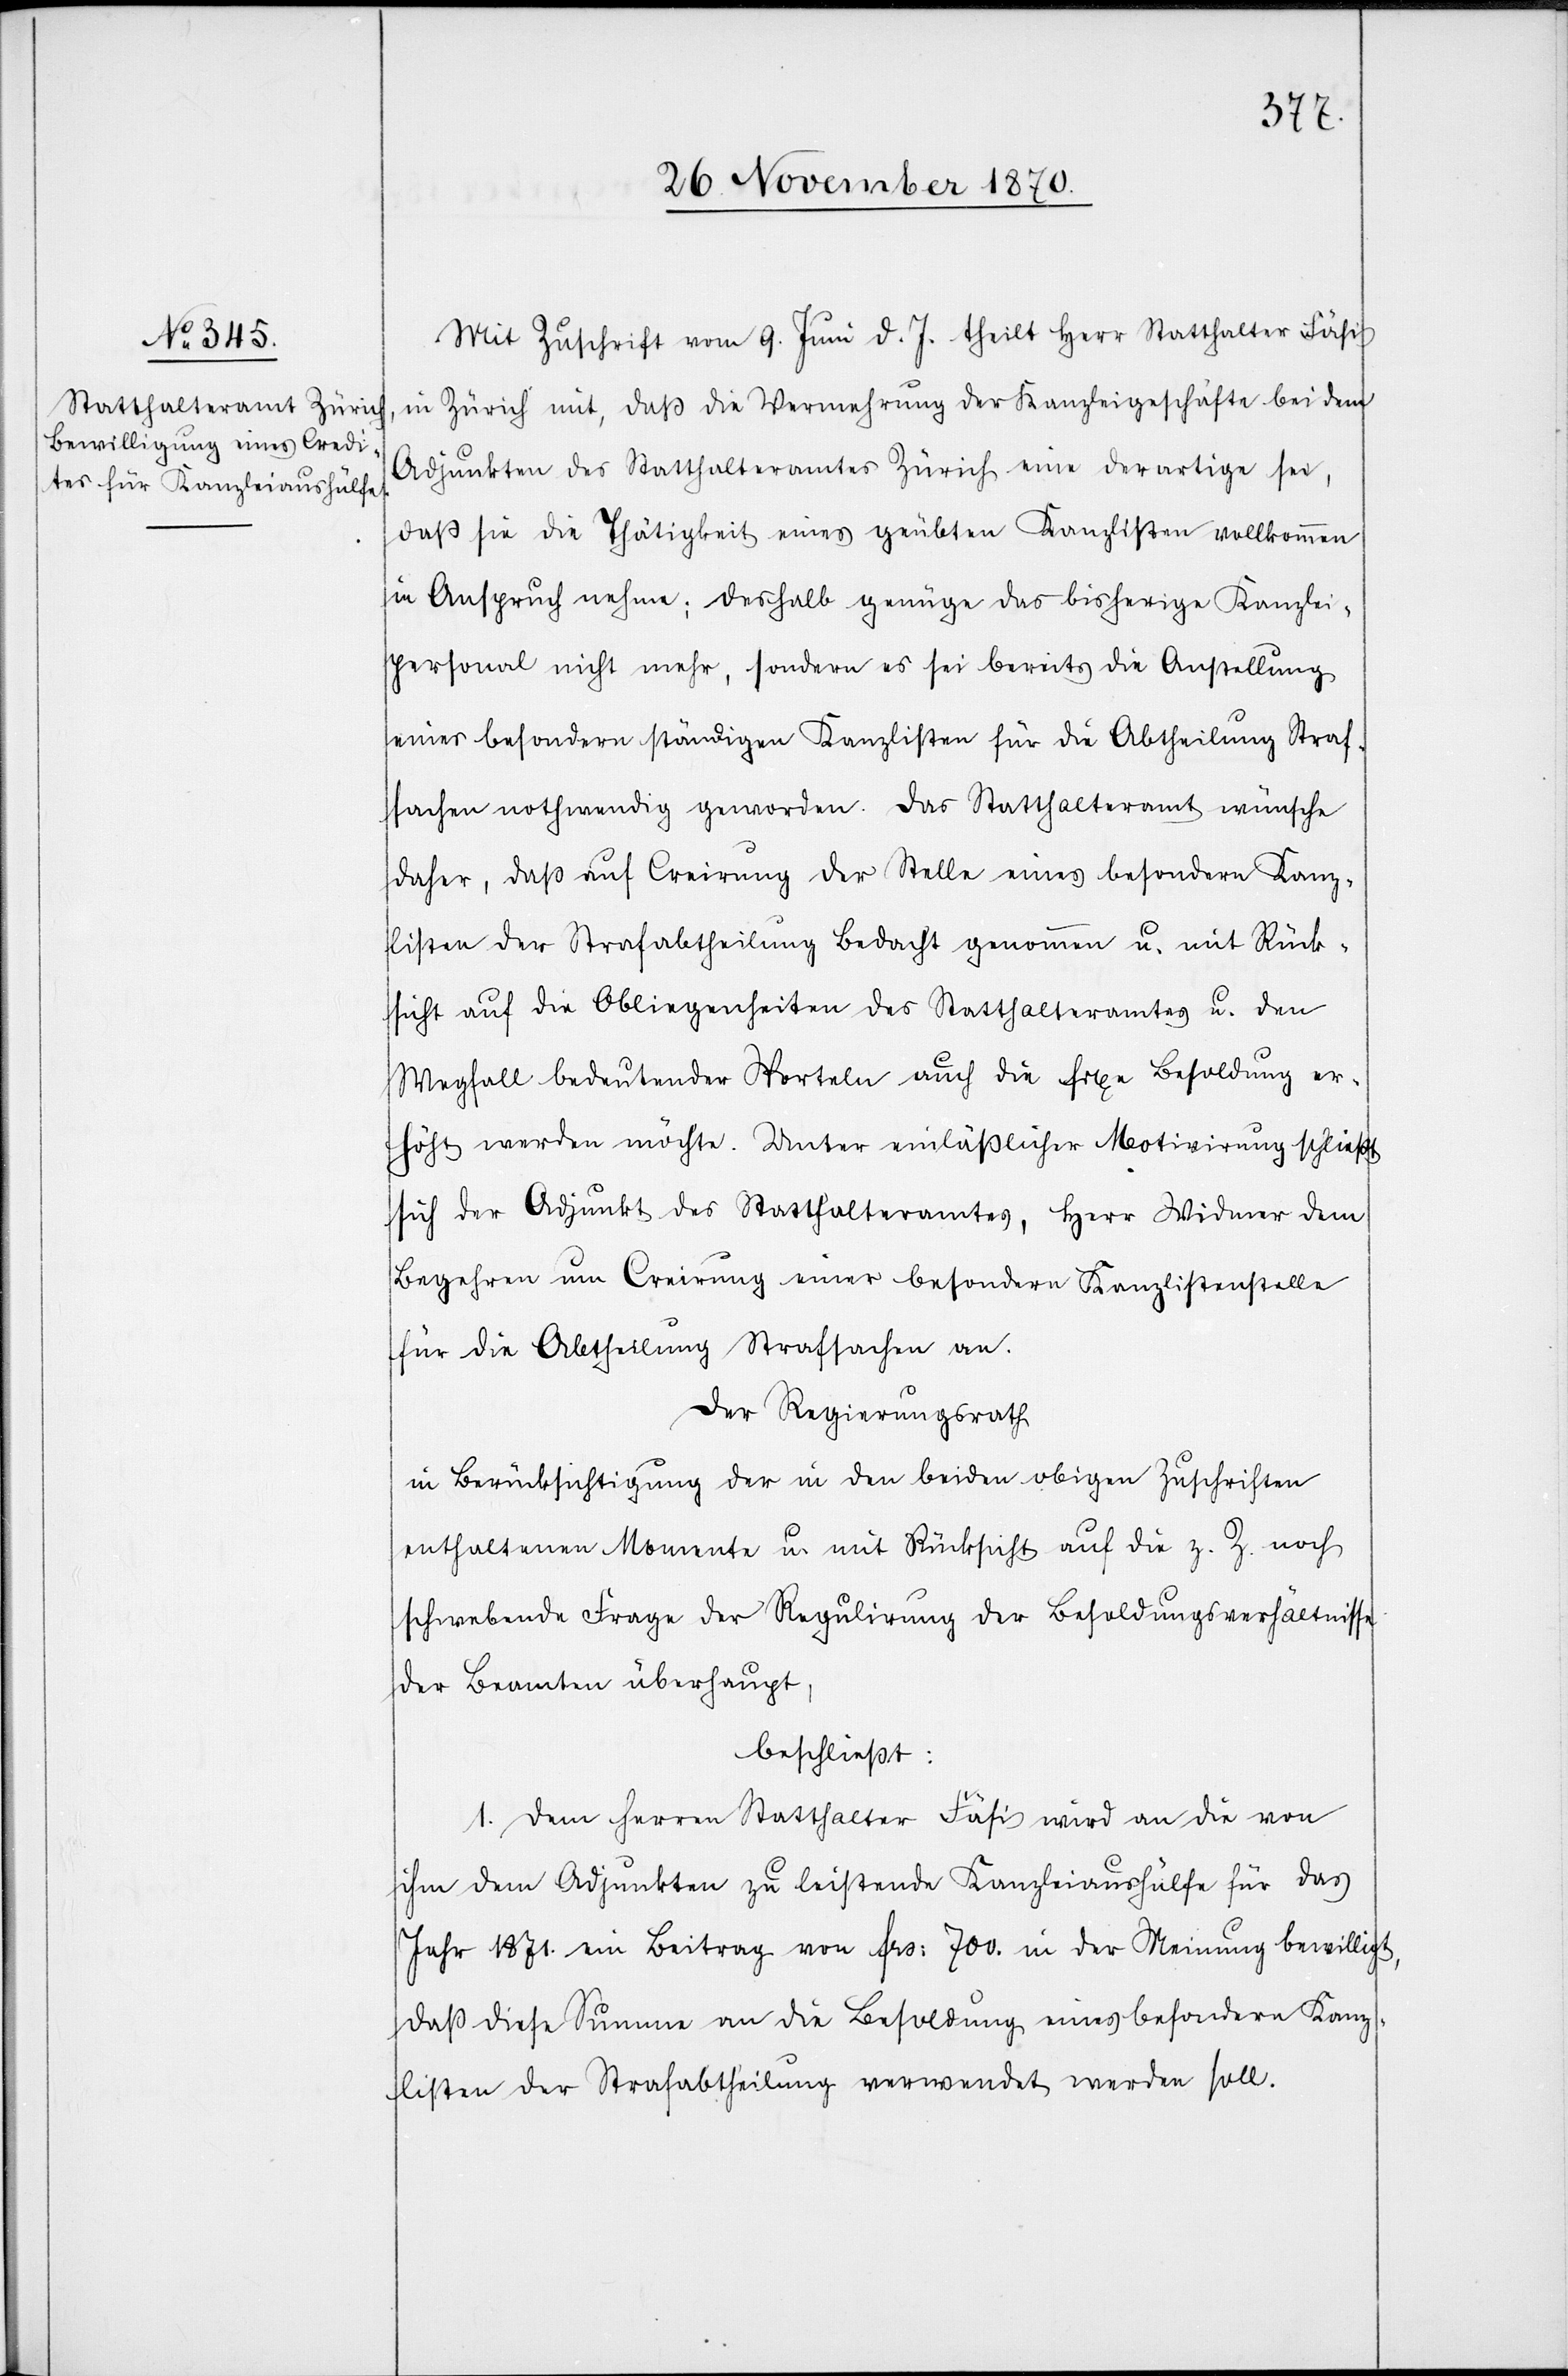
Mit Zuschrift vom 9. Juni d. J. theilt Herr Statthalter Fäfi
in Zürich mit, daß die Vermehrung der Kanzleigeschäfte bei dem
Adjunkten des Statthalteramtes Zürich eine derartige sei,
daß sie die Thätigkeit eines geübten Kanzlisten vollkommen
in Anspruch nehme; deshalb genüge das bisherige Kanzlei¬
personal nicht mehr, sondern es sei bereits die Anstellung
eines besondern ständigen Kanzlisten für die Abtheilung Straf¬
sachen nothwendig geworden. Das Statthalteramt wünsche
daher, daß auf Creirung der Stelle eines besondern Kanz¬
listen der Strafabtheilung Bedacht genommen u. mit Rück¬
sicht auf die Obliegenheiten des Statthalteramtes u. den
Wegfall bedeutender Sporteln auch die fixe Besoldung er¬
höht werden möchte. Unter einlässlicher Motivirung schließt
sich der Adjunkt des Statthalteramtes, Herr Widmer dem
Begehren um Creirung einer besondern Kanzlistenstelle
für die Abtheilung Strafsachen an.
Der Regierungsrath
in Berücksichtigung der in den beiden obigen Zuschriften
enthaltenen Momente u. mit Rücksicht auf die z. Z. noch
schwebende Frage der Regulirung der Besoldungsverhältnisse
der Beamten überhaupt,
beschließt:
1. Dem Herren Statthalter Fäfi wird an die von
ihm dem Adjunkten zu leistende Kanzleiaushülfe für das
Jahr 1871. ein Beitrag von Frs: 700 in der Meinung bewilligt,
daß diese Summe an die Besoldung eines besondern Kanz¬
listen der Strafabtheilung verwendet werden soll.